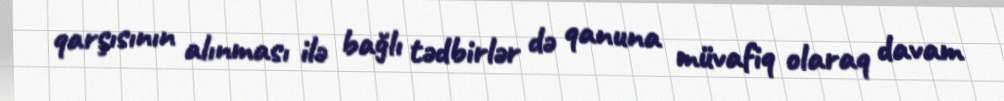
qarşısının alınması ilə bağlı tədbirlər də qanuna müvafiq olaraq davam